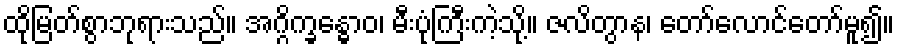
ထိုမြတ်စွာဘုရားသည်။ အဂ္ဂိက္ခန္ဓောဝ၊ မီးပုံကြီးကဲ့သို့။ ဇလိတွာန၊ တော်လောင်တော်မူ၍။